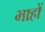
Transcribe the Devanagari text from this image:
भाहों